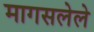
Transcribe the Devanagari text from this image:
मागसलेले